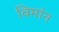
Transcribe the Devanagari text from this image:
विमांन